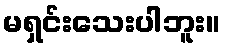
မရှင်းသေးပါဘူး။